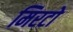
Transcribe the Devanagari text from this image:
मिरटो